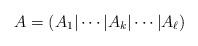
LaTeX: \begin{align*}A = (A_1| \cdots |A_k|\cdots |A_{\ell}) \end{align*}